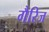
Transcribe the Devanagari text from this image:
गैरिज